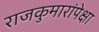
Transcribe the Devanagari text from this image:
राजकुमारांपेक्षा